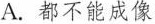
A.都不能成像